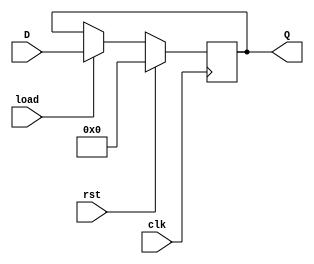
`timescale 1ns / 1ps
//////////////////////////////////////////////////////////////////////////////////
// Company: 
// Engineer: 
// 
// Design Name: 
// Module Name: register
// Project Name: 
// Target Devices: 
// Tool Versions: 
// Description: 
// 
// Dependencies: 
// 
// Revision:
// Revision 0.01 - File Created
// Additional Comments:
// 
//////////////////////////////////////////////////////////////////////////////////


module register#(parameter DATA_WIDTH = 8)(D,Q,clk,load,rst);
    input [DATA_WIDTH-1:0] D;
    output [DATA_WIDTH-1:0] Q;
    input clk,load,rst;
    reg [DATA_WIDTH-1:0] t;
    
    initial
    begin
        t=0;
    end
 
    always@(posedge clk)
    begin
        if (rst == 1) begin
            t<=0;
        end
        else begin
            if (load) begin
                t<=D;
            end
            else begin
                t<=t;
            end
        end
    end
    assign Q=t;
endmodule